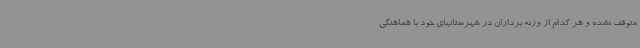
متوقف نشده و هر کدام از وزنه برداران در شهرستانهای خود با هماهنگی